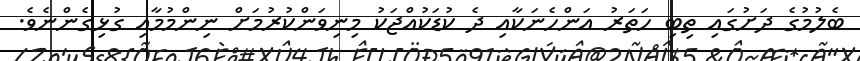
ބެލުމުގެ ދަށުގައި ތިބި ހަތަރު އަންހެނަކާއި ދެ ކުޑަކުއްޖަކު މިނިވަންކުރުމަށް ނިންމުމާއި ގުޅިގެންނެވެ.